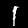
Label: 1